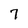
Character: 7